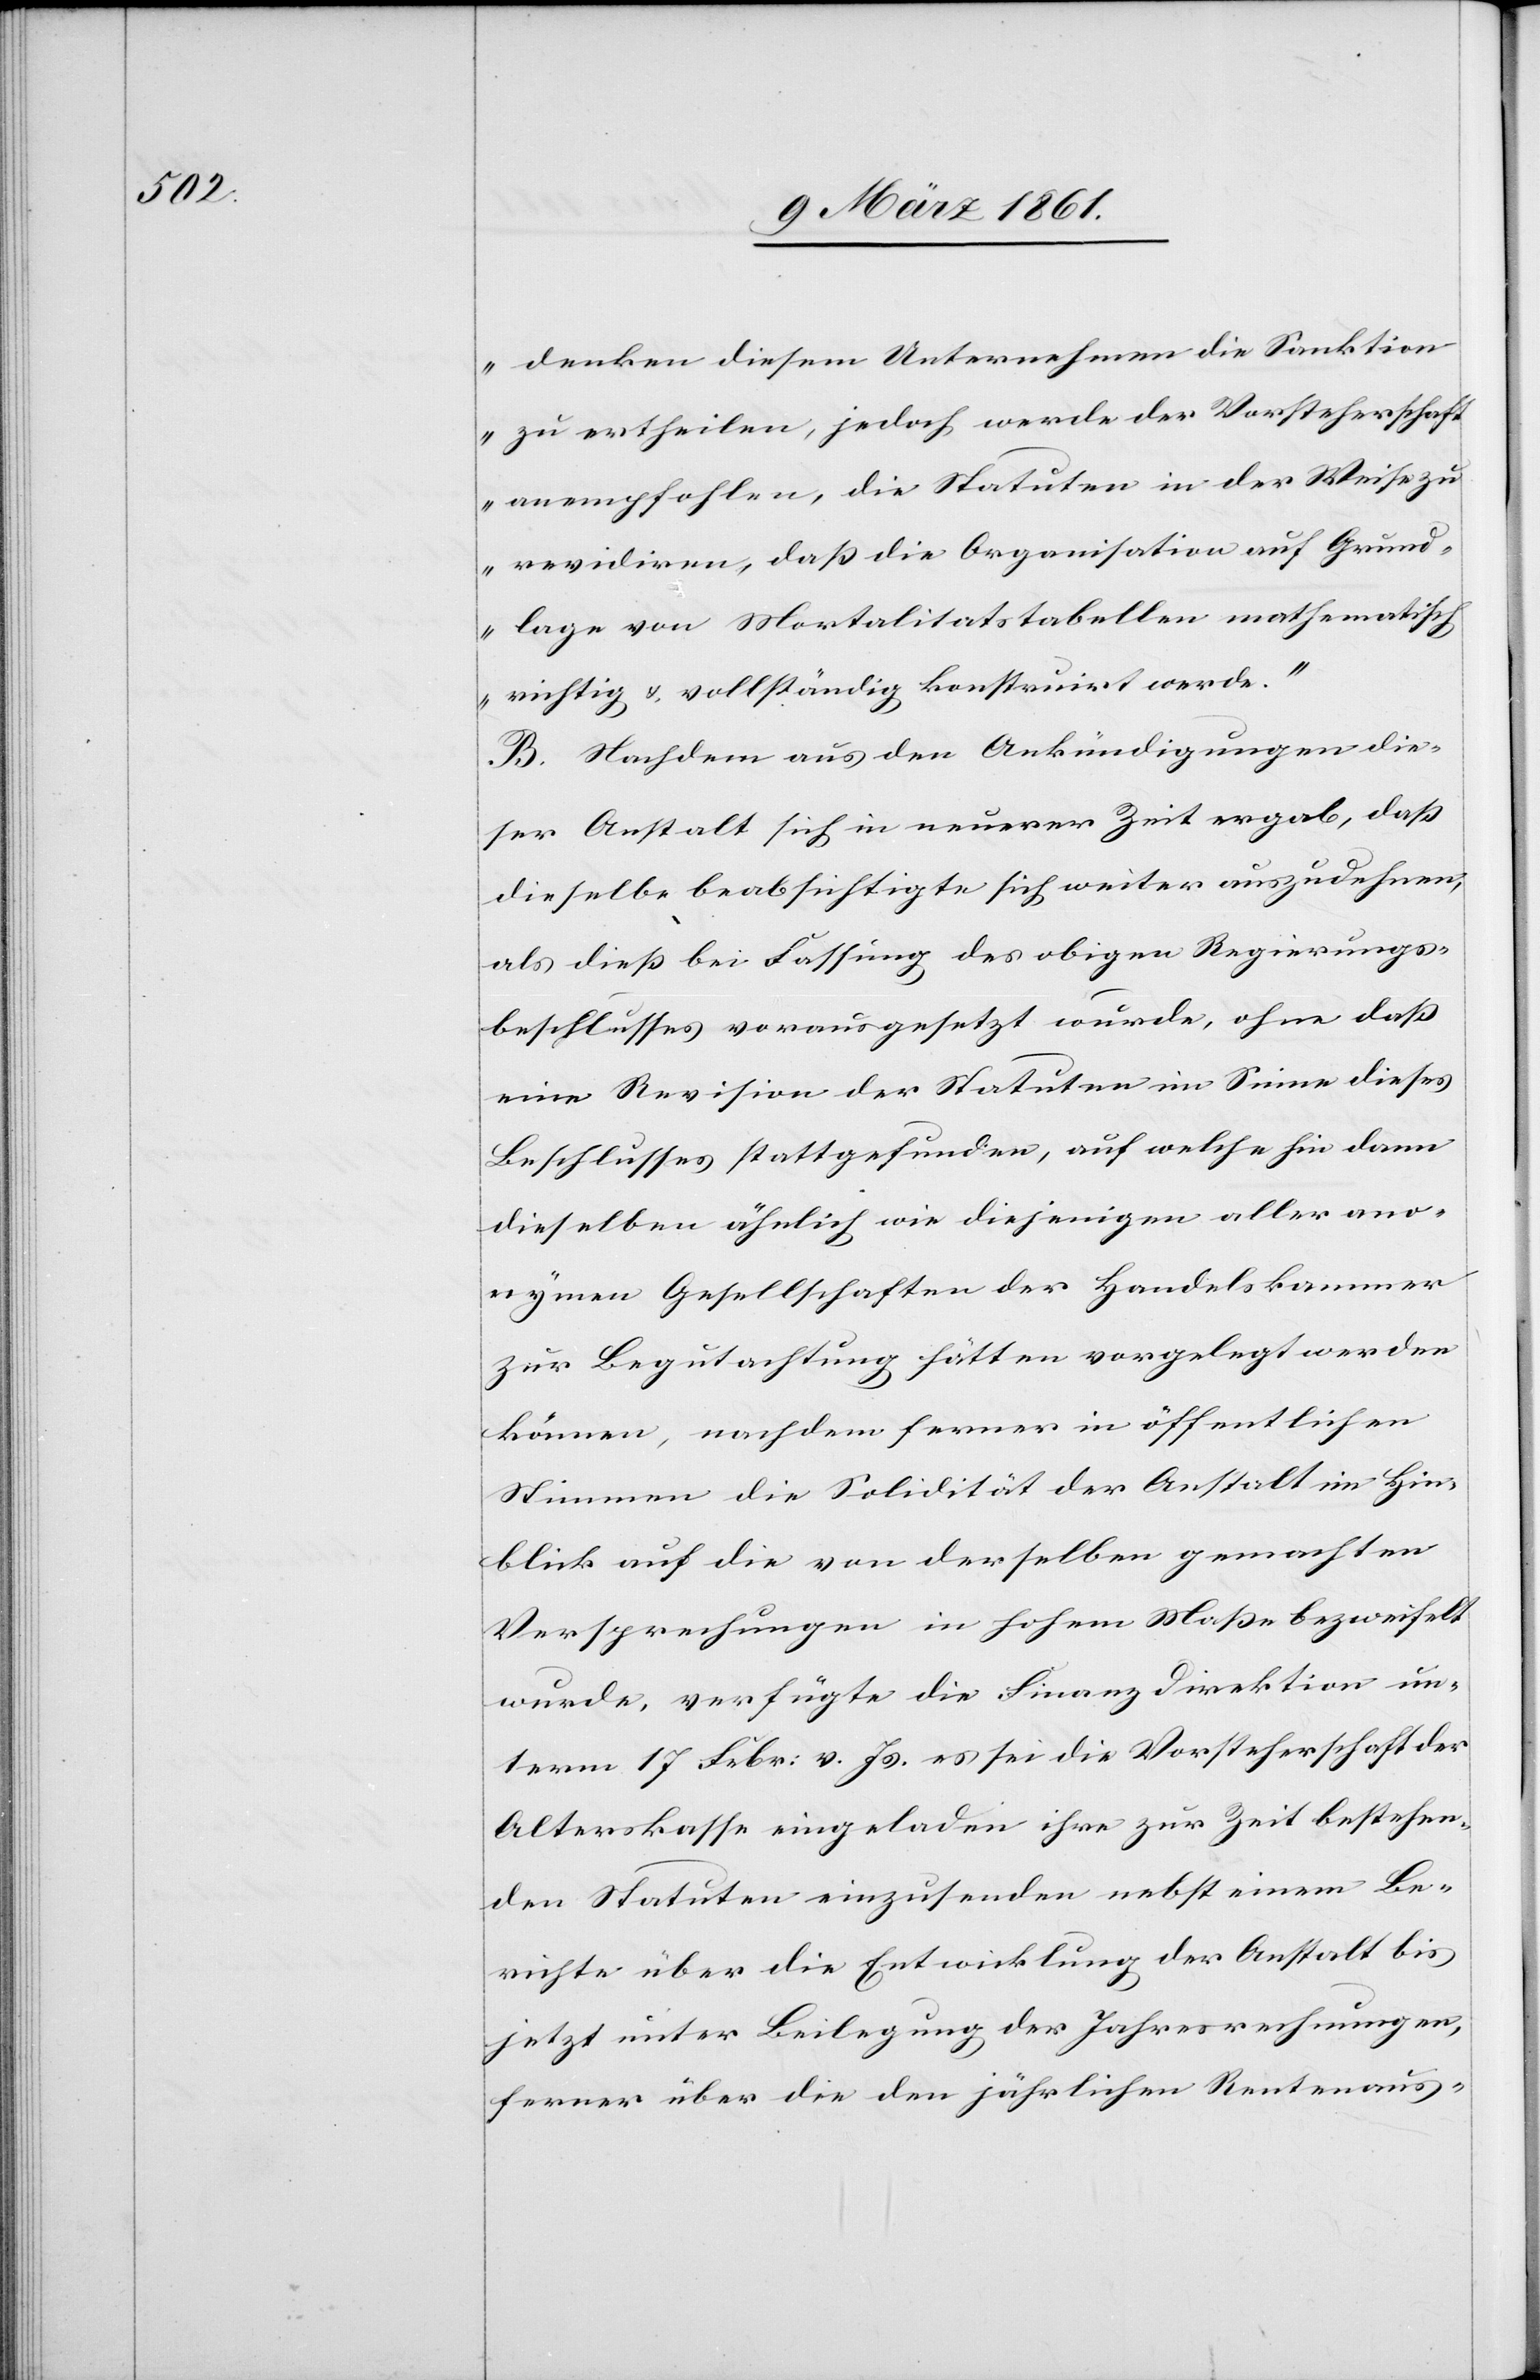
denken diesem Unternehmen die Sanktion
zu ertheilen, jedoch werde der Vorsteherschaft
anempfohlen, die Statuten in der Weise zu
revidiren, daß die Organisation auf Grund¬
lage von Mortalitatstabellen [sic!] mathematisch
richtig u. vollständig konstruirt werde.“
B. Nachdem aus den Ankündigungen die¬
ser Anstalt sich in neuerer Zeit ergab, daß
dieselbe beabsichtigte sich weiter auszudehnen,
als dieß bei Fassung des obigen Regierungs¬
beschlusses vorausgesetzt wurde, ohne daß
eine Revision der Statuten im Sinne dieses
Beschlusses stattgefunden, auf welche hin dann
dieselben ähnlich wie diejenigen aller ano¬
nymen Gesellschaften der Handelskammer
zur Begutachtung hätten vorgelegt werden
können, nachdem ferner in öffentlichen
Stimmen die Solidität der Anstalt im Hin¬
blick auf die von derselben gemachten
Versprechungen in hohem Maße bezweifelt
wurde, verfügte die Finanzdirektion un¬
term 17. Febr: v. Js. es sei die Vorsteherschaft der
Alterskaße eingeladen ihre zur Zeit bestehen¬
den Statuten einzusenden nebst einem Be¬
richte über die Entwicklung der Anstalt bis
jetzt unter Beilegung der Jahresrechnungen,
ferner über die den jährlichen Rentenaus-